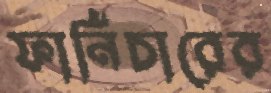
ফার্নিচারের